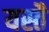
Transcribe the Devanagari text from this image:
यस्तै